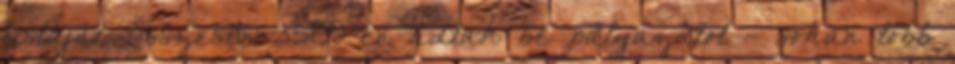
listáját. Összesen 3589-en adtak be pályázatot - sokan több